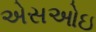
એસઓઇ